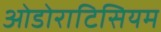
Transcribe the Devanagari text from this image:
ओडोराटिसियम